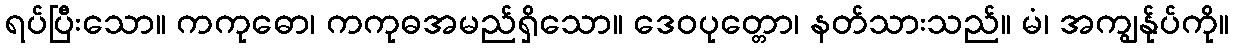
ရပ်ပြီးသော။ ကကုဓော၊ ကကုဓအမည်ရှိသော။ ဒေဝပုတ္တော၊ နတ်သားသည်။ မံ၊ အကျွန်ုပ်ကို။